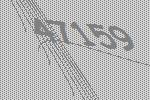
47159